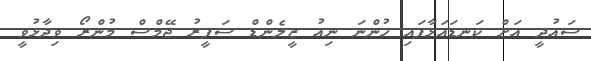
ސައުދީ އަށް ކަނޑައަޅާފައި ހުންނަ ނިއު ޒީލެންޑް ސަފީރު ޖޭމްސް މުންރޯ ވިދާޅުވީ